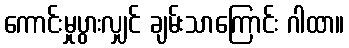
ကောင်းမှုပွားလျှင် ချမ်းသာကြောင်း ဂါထာ။